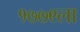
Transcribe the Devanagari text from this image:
१७७९ला